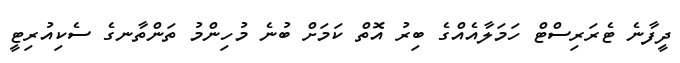
ދީފާނެ ޓެރަރިސްޓް ހަމަލާއެއްގެ ބިރު އޮތް ކަމަށް ބުނެ މުހިންމު ތަންތާނގެ ސެކިއުރިޓީ